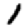
Digit: 1